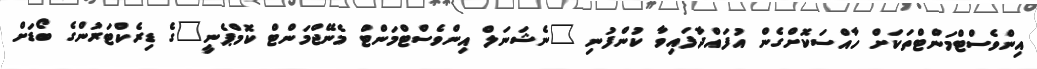
އިންވެސްޓްމަންޓްތަކަށް ހާއްސަކޮށްގެން އުފައްދާފައިވާ ކުންފުނި "ނެޝަނަލް އިންވެސްޓްމަންޓް މެނޭޖްމަންޓް ކޮމްޕެނީ"ގެ ޑިރެކްޓަރުންގެ ބޯޑަށް